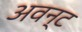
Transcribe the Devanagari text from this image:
अवन्ट